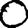
Digit: 0